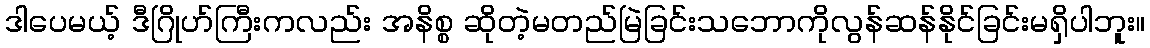
ဒါပေမယ့် ဒီဂြိုဟ်ကြီးကလည်း အနိစ္စ ဆိုတဲ့မတည်မြဲခြင်းသဘောကိုလွန်ဆန်နိုင်ခြင်းမရှိပါဘူး။